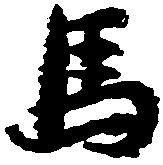
馬